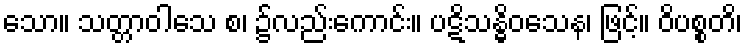
သော။ သတ္တာဝါသေ စ၊ ၌လည်းကောင်း။ ပဋိသန္ဓိဝသေန၊ ဖြင့်။ ဝိပစ္စတိ၊